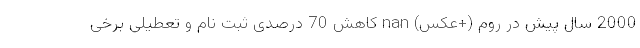
2000 سال پیش در روم (+عکس) nan کاهش 70 درصدی ثبت نام و تعطیلی برخی